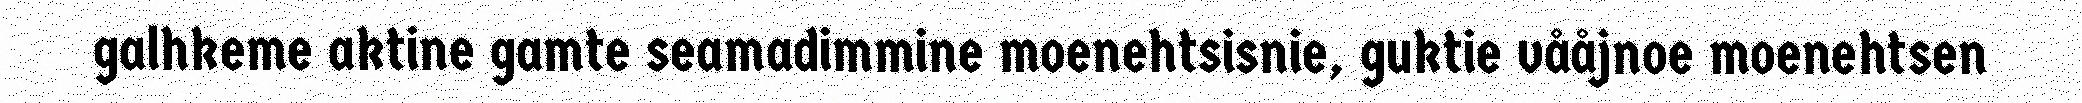
galhkeme aktine gamte seamadimmine moenehtsisnie, guktie vååjnoe moenehtsen